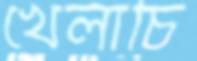
খেলাচি